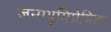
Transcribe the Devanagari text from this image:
जन्मभूमिप्रेमिका